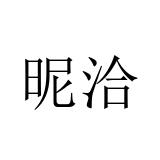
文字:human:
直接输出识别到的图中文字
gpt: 昵洽